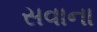
સવાના